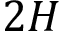
2 H